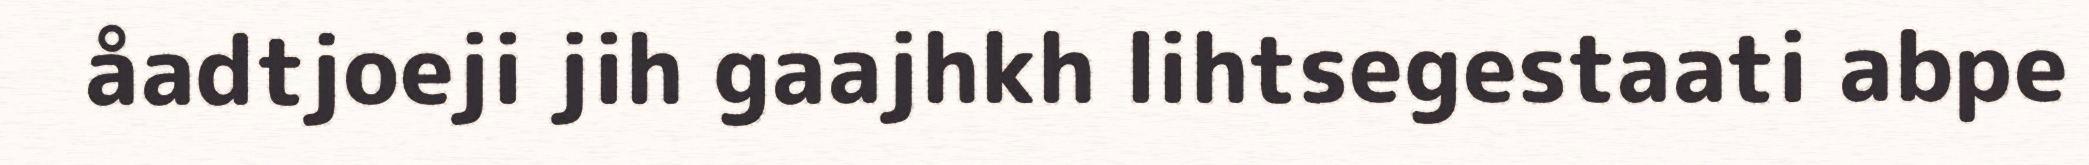
åadtjoeji jih gaajhkh lihtsegestaati abpe